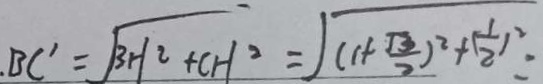
B C ^ { \prime } = \sqrt { 3 H ^ { 2 } + C H ^ { 2 } } = \sqrt { ( 1 + \frac { \sqrt { 3 } } { 2 } ) ^ { 2 } + \frac { 1 } { 2 } } =